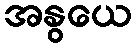
အနွယေ